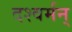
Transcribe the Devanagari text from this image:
दश्वर्मन्‌